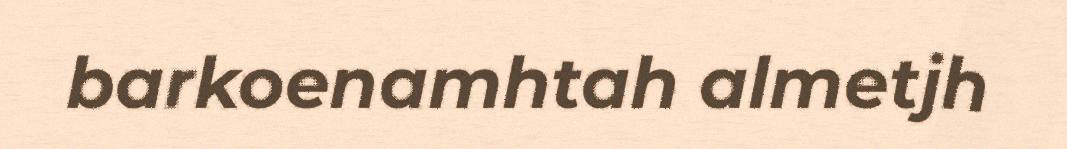
barkoenamhtah almetjh